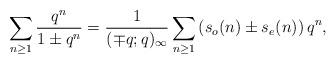
LaTeX: \begin{align*} \sum_{n \geq 1} \frac{q^n}{1 \pm q^n} & = \frac{1}{(\mp q; q)_{\infty}} \sum_{n \geq 1} \left(s_o(n) \pm s_e(n)\right) q^n, \end{align*}